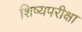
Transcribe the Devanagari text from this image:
शिष्यपरीक्षा